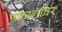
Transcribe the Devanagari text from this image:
नकाशांवर